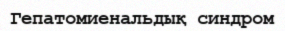
Гепатомиенальдық синдром